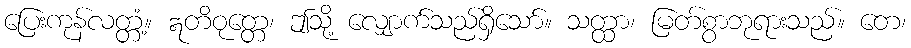
ပြေးကုန်လတ္တံ့။ ဣတိဝုတ္တေ၊ ဤသို့ လျှောက်သည်ရှိသော်။ သတ္ထာ၊ မြတ်စွာဘုရားသည်။ တေ၊